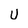
Character: U